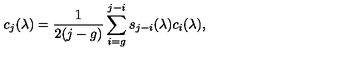
c _ { j } ( \lambda ) = { \frac { 1 } { 2 ( j - g ) } } \sum _ { i = g } ^ { j - i } s _ { j - i } ( \lambda ) c _ { i } ( \lambda ) ,